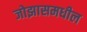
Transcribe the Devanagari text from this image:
जोझासमधील